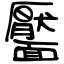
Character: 靨